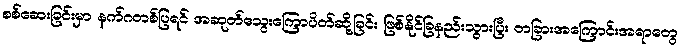
စစ်ဆေးခြင်းမှာ နက်ဂတစ်ပြရင် အဆုတ်သွေးကြောပိတ်ဆို့ခြင်း ဖြစ်နိုင်ခြနည်းသွားပြီး တခြားအကြောင်းအရာတွေ